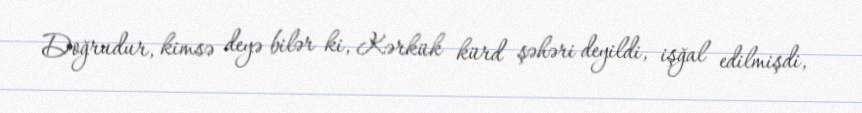
Doğrudur, kimsə deyə bilər ki, Kərkük kürd şəhəri deyildi, işğal edilmişdi,